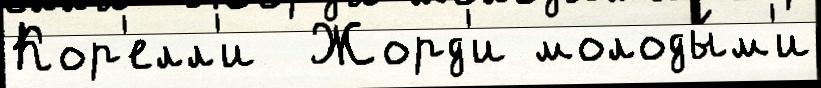
Кор'елл'и  Жорд'и молоды́м'и